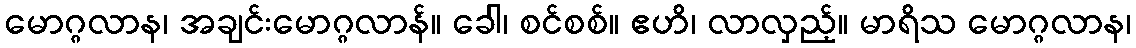
မောဂ္ဂလာန၊ အချင်းမောဂ္ဂလာန်။ ခေါ၊ စင်စစ်။ ဧဟိ၊ လာလှည့်။ မာရိသ မောဂ္ဂလာန၊